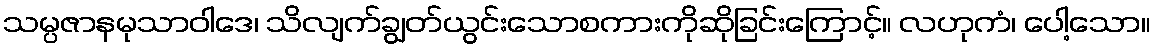
သမ္ပဇာနမုသာဝါဒေ၊ သိလျက်ချွတ်ယွင်းသောစကားကိုဆိုခြင်းကြောင့်။ လဟုကံ၊ ပေါ့သော။